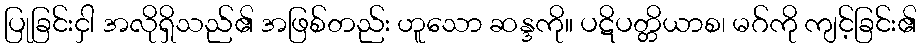
ပြုခြင်းငှါ အလိုရှိသည်၏ အဖြစ်တည်း ဟူသော ဆန္ဒကို။ ပဋိပတ္တိယာစ၊ မဂ်ကို ကျင့်ခြင်း၏